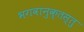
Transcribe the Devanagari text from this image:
भगवानुक्तस्तु